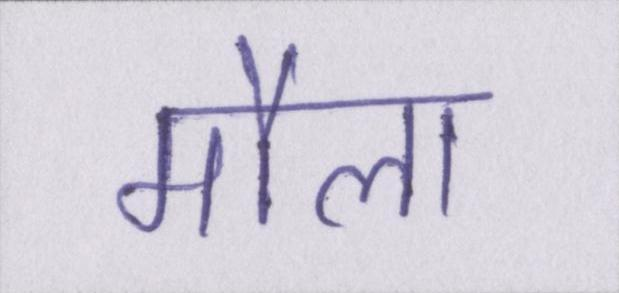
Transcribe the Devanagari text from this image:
मौला